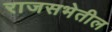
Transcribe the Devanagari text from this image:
राजसभेतील